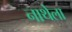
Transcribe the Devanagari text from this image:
नाथेला